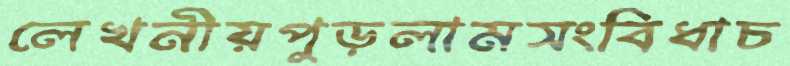
লেখনীয়পুড়লামসংবিধাচ